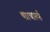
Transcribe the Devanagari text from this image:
था।चार्ल्स